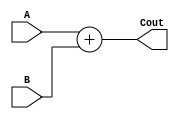
module ADD (
	A,
	B,
	Cout
	);
				 
	parameter bit_size = 18;

	input  [bit_size-1:0] A;
	input  [bit_size-1:0] B;
	output [bit_size-1:0] Cout;

	assign Cout = A + B;

endmodule